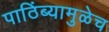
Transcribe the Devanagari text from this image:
पाठिंब्यामुळेच